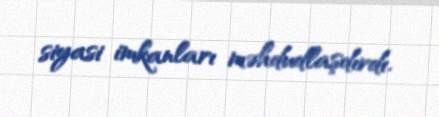
siyasi imkanları məhdudlaşdırdı.